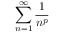
\sum _ { n = 1 } ^ { \infty } { \frac { 1 } { n ^ { p } } }